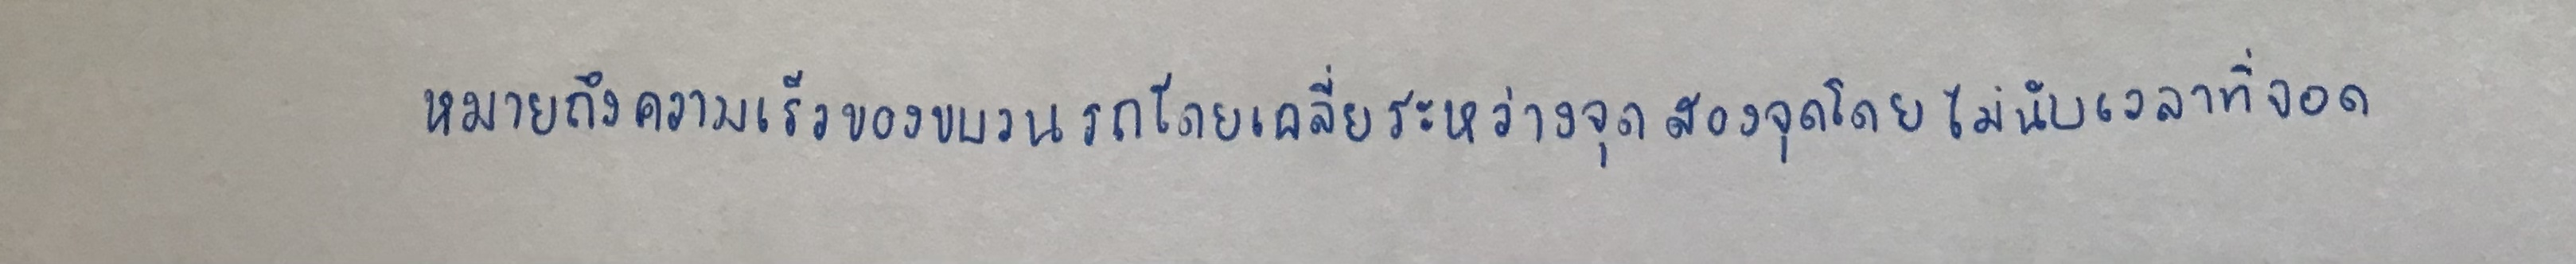
หมายถึงความเร็วของขบวนรถโดยเฉลี่ยระหว่างจุดสองจุดโดยไม่นับเวลาที่จอด